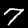
Label: 7